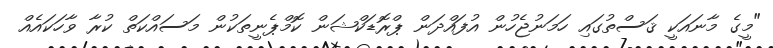
"މީގެ މާނައަކީ ޤަސްތުގައި ހަމަނުޖެހުން އުފައްދަން ޕްރޮޑަކްޝަން ކޮމްޕެނީތަކުން މަސައްކަތް ކުރާ ވާހަކައެއް